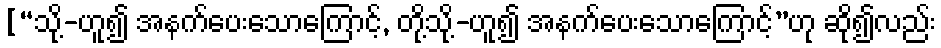
[“သို့-ဟူ၍ အနက်ပေးသောကြောင့်, တို့သို့-ဟူ၍ အနက်ပေးသောကြောင့်”ဟု ဆို၍လည်း